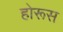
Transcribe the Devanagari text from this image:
होरूस